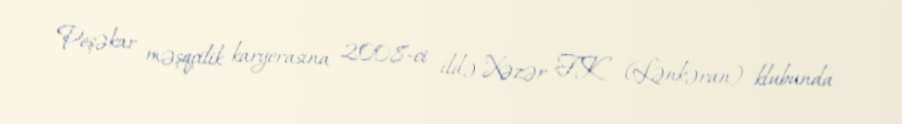
Peşəkar məşqçilik karyerasına 2008-ci ildə Xəzər FK (Lənkəran) klubunda